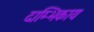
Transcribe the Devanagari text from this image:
दाम्भिकाय